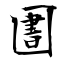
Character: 圕